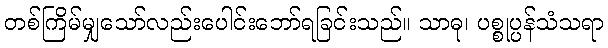
တစ်ကြိမ်မျှသော်လည်းပေါင်းဘော်ရခြင်းသည်။ သာဓု၊ ပစ္စုပ္ပန်သံသရာ